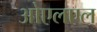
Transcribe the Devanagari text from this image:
ओएलएल